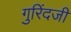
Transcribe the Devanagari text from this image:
गुरिंदजी